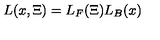
L ( x , \Xi ) = L _ { F } ( \Xi ) L _ { B } ( x )